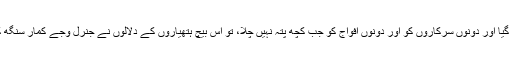
ٹی ایس ڈی پاکستان اور چین کے لیے ایک خوفناک ہوّا بن گیا اور دونوں سرکاروں کو اور دونوں افواج کو جب کچھ پتہ نہیں چلا، تو اس بیچ ہتھیاروں کے دلالوں نے جنرل وجے کمار سنگھ کی تصویر برباد کرنے کی ساری کوششیں شروع کر دیں۔